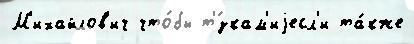
М'ихайлов'ич что́бы т'́зкам'иjесл'и та́кже